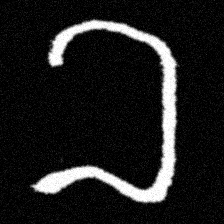
Pyu character \u2014 Myanmar letter: ခ (romanized: kha)